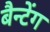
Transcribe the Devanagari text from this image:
बैन्टेंग